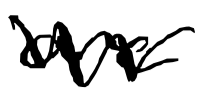
Text: are
Cross-out: zig-zag
Writing tool: digital_black